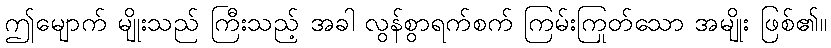
ဤမျောက် မျိုးသည် ကြီးသည့် အခါ လွန်စွာရက်စက် ကြမ်းကြုတ်သော အမျိုး ဖြစ်၏။